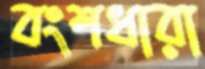
বংশধারা